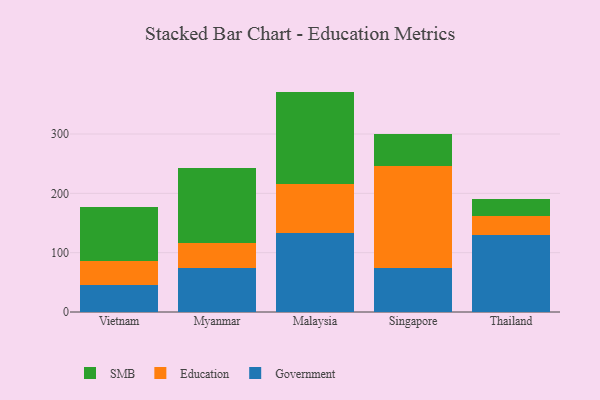
{"axis": {"x": "Country", "y": "Website Visitors"}, "legend": ["Education", "Government", "SMB"], "data": [{"x": "Vietnam", "y": 44.9, "type": "Government"}, {"x": "Vietnam", "y": 40.5, "type": "Education"}, {"x": "Vietnam", "y": 91.3, "type": "SMB"}, {"x": "Myanmar", "y": 74.6, "type": "Government"}, {"x": "Myanmar", "y": 42.4, "type": "Education"}, {"x": "Myanmar", "y": 125.7, "type": "SMB"}, {"x": "Malaysia", "y": 132.7, "type": "Government"}, {"x": "Malaysia", "y": 82.5, "type": "Education"}, {"x": "Malaysia", "y": 156.3, "type": "SMB"}, {"x": "Singapore", "y": 74.5, "type": "Government"}, {"x": "Singapore", "y": 171.8, "type": "Education"}, {"x": "Singapore", "y": 54.2, "type": "SMB"}, {"x": "Thailand", "y": 129.3, "type": "Government"}, {"x": "Thailand", "y": 32.0, "type": "Education"}, {"x": "Thailand", "y": 28.7, "type": "SMB"}]}